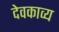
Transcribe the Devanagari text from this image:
देवकाव्य